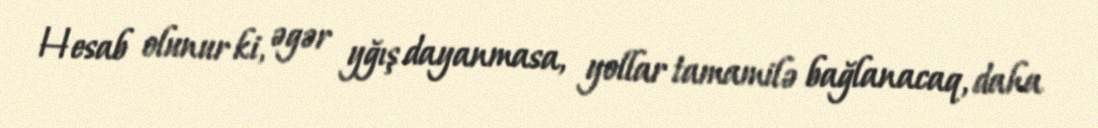
Hesab olunur ki, əgər yğış dayanmasa, yollar tamamilə bağlanacaq, daha